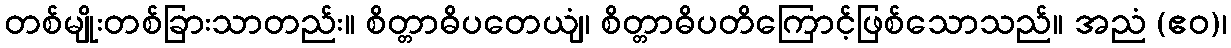
တစ်မျိုးတစ်ခြားသာတည်း။ စိတ္တာဓိပတေယျံ၊ စိတ္တာဓိပတိကြောင့်ဖြစ်သောသည်။ အညံ (ဧဝ)၊